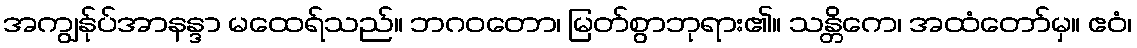
အကျွန်ုပ်အာနန္ဒာ မထေရ်သည်။ ဘဂဝတော၊ မြတ်စွာဘုရား၏။ သန္တိကေ၊ အထံတော်မှ။ ဧဝံ၊